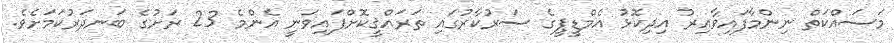
މަސައްކަތް ނިންމާފައިވާއިރު އިދިކޮޅު އެމްޑީޕީގެ ސަރުކާރުގައި ތަރައްޤީކޮށްފައިވަނީ އެންމެ 23 ރަށުގެ ބަނދަރުކަމަށެވެ.